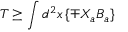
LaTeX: T \geq \int d ^ { 2 } x \left\{ \mp X _ { a } B _ { a } \right\}